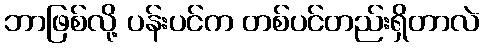
ဘာဖြစ်လို့ ပန်းပင်က တစ်ပင်တည်းရှိတာလဲ